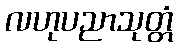
လဟုပညာသုတ္တံ